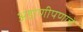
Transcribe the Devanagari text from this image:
अडाणीपणाचे